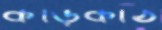
কড়িকাঠ